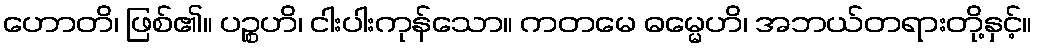
ဟောတိ၊ ဖြစ်၏။ ပဉ္စဟိ၊ ငါးပါးကုန်သော။ ကတမေ ဓမ္မေဟိ၊ အဘယ်တရားတို့နှင့်။